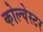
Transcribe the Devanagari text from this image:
कोल्चेस्टर